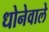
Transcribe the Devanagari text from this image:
धोनेवाले